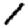
Digit: 1